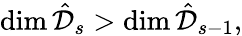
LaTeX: \dim{\hat{\mathcal{D}}_{s}}>\dim{\hat{\mathcal{D}}_{s-1}},